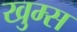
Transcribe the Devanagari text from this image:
खुम्स